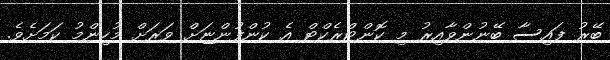
ބޭރު ފައިސާ ބޭނުންވާއިރު މި ކޮންޓްރެކްޓް އެ ކުންފުންޏަށް ވަރަށް މުހިންމު ކަމަށެވެ.